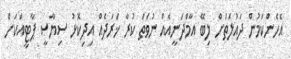
އެހެންކަމުން ދައުލަތަށް ލިބޭ އާމްދަނީއެއް ނުވަތަ ކުރާ ޚަރަދެއް އިދިކޮޅު ސިޔާސީ ޕާޓީއަކަށް